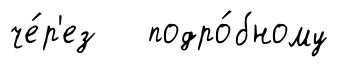
че́р'ез подро́бному